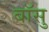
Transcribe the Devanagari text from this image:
बॉसु